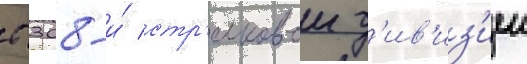
с 308-и́ стр'елковои д'ив'из'иеи